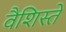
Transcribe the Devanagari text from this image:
वैशिस्ते